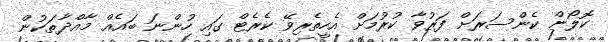
ކޮލޯން ކެންސަރަށް ފަރުވާ ކުރުމަށް އެހީތެރިވޭ ކެރެޓް ގައި ހުންނަ ބައެއް މާއްދާތަކުން